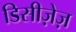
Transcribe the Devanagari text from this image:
डिसीज़ेज़